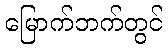
မြောက်ဘက်တွင်